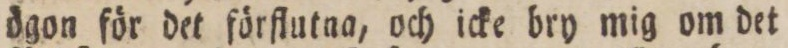
ögon för det förflutna, och icke bry mig om det